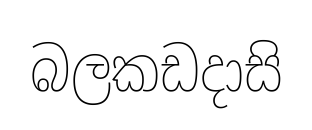
බලකඩදාසි